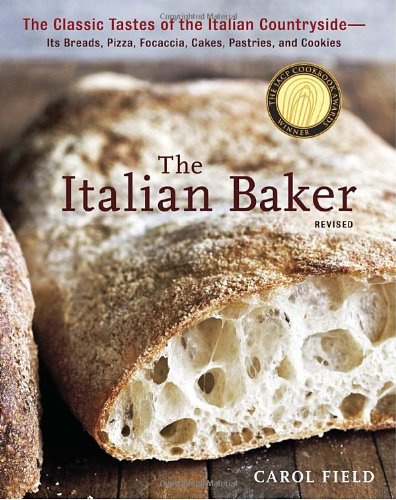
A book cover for The Italian Baker, Revised: The Classic Tastes of the Italian Countryside--Its Breads, Pizza, Focaccia, Cakes, Pastries, and Cookies; Carol Field; Cookbooks, Food & Wine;